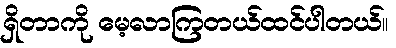
ရှိတာကို မေ့လာကြတယ်ထင်ပါတယ်။